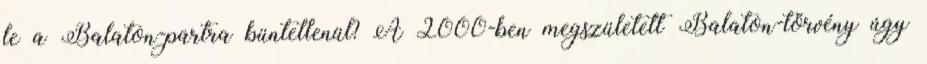
le a Balaton-partra büntetlenül? A 2000-ben megszületett Balaton-törvény úgy